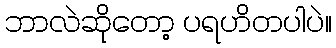
ဘာလဲဆိုတော့ ပရဟိတပါပဲ။